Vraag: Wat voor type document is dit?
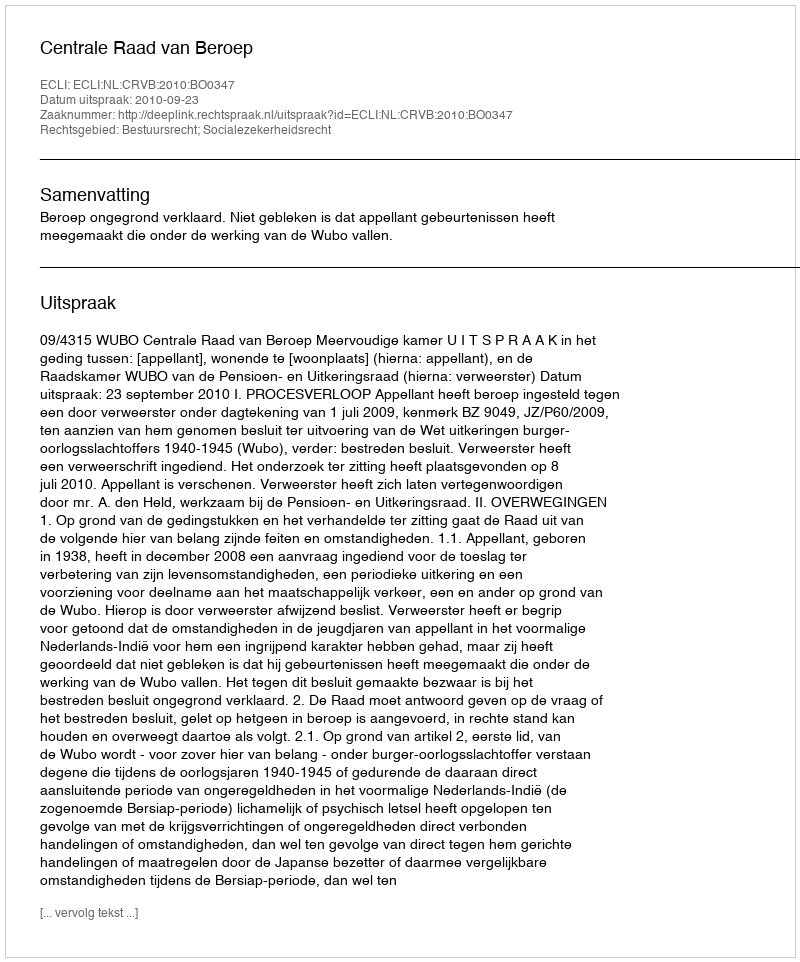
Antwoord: Uitspraak